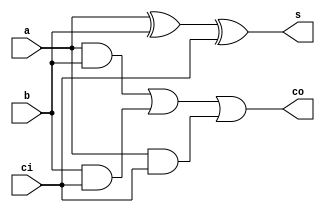
// Full Adder
module FA(a,b,ci,s,co);
    input a;
    input b;
    input ci;

    // Sum (LSB) and carry-out (MSB) of the the overall sum
    output s;
    output co;

    assign s = a ^ b ^ ci;

    assign co = (a & b) | (b & ci) | (a & ci);
endmodule